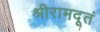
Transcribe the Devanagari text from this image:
श्रीरामदूतं